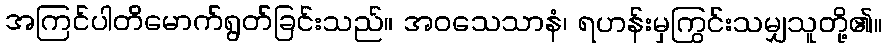
အကြင်ပါတိမောက်ရွတ်ခြင်းသည်။ အဝသေသာနံ၊ ရဟန်းမှကြွင်းသမျှသူတို့၏။